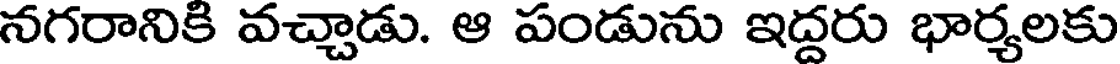
నగరానికి వచ్చాడు. ఆ పండును ఇద్దరు భార్యలకు